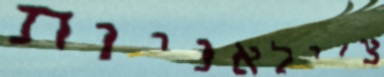
צ'ילאניות